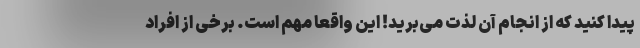
پیدا کنید که از انجام آن لذت می‌برید! این واقعا مهم است. برخی از افراد